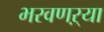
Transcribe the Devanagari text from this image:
भरवणऱ्या